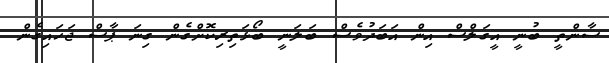
ސާންތީ ބުނީ އީގަލްސް އިން އަަބަދުވެސް ބަލަނީ ބޯޅަތިރިކޮށްގެން ގިނަ ޕާސް ޖަހައިގެން